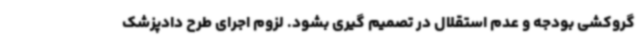
گروکشی بودجه و عدم استقلال در تصمیم گیری بشود. لزوم اجرای طرح دادپزشک